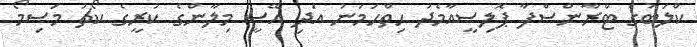
ކްލަބުގެ ޓްރާންސްފާ ޕޮލިސީއާމެދު ހިތްހަމަނު އަދި އޭސީ މިލާންގެ ކުރީގެ ކޯޗު މަސިމޯ